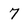
Character: 7